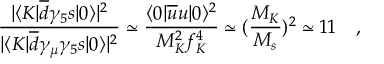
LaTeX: { \frac { | \langle K | \overline { { d } } \gamma _ { 5 } s | 0 \rangle | ^ { 2 } } { | \langle K | \overline { { d } } \gamma _ { \mu } \gamma _ { 5 } s | 0 \rangle | ^ { 2 } } } \simeq { \frac { \langle 0 | \overline { { u } } u | 0 \rangle ^ { 2 } } { M _ { K } ^ { 2 } f _ { K } ^ { 4 } } } \simeq ( { \frac { M _ { K } } { M _ { s } } } ) ^ { 2 } \simeq 1 1 ~ ~ ~ ,